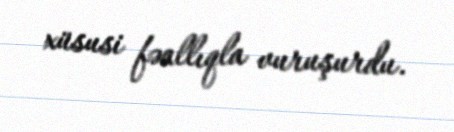
xüsusi fəallıqla vuruşurdu.